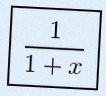
\frac{1}{1+x}